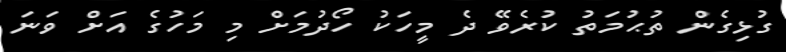
ގުޅިގެން ތުޙުމަތު ކުރެވޭ ދެ މީހަކު ހޯދުމަށް މި މަހުގެ އަށް ވަނަ